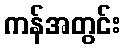
ကန်အတွင်း